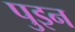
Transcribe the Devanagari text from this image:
पुइन